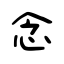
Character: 念